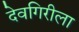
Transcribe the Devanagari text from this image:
देवगिरीला